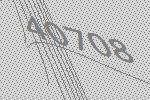
40708